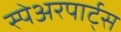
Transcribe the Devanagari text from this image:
स्पेअरपार्ट्स